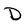
Character: D